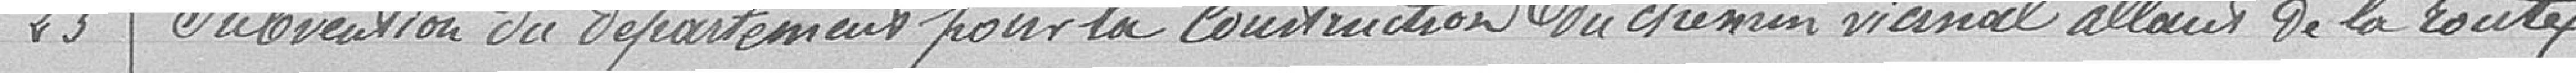
23. Subvention du département pour la construction du chemin vicinal allant de la route